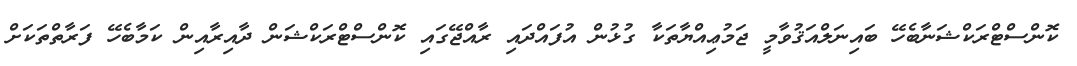
ކޮންސްޓްރަކްޝަނާބެހޭ ބައިނަލްއަޤުވާމީ ޖަމުޢިއްޔާތަކާ ގުޅުން އުފައްދައި ރާއްޖޭގައި ކޮންސްޓްރަކްޝަން ދާއިރާއިން ކަމާބެހޭ ފަރާތްތަކަށް